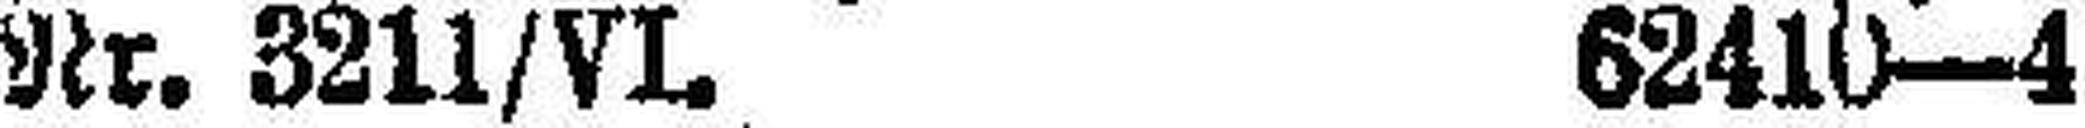
Nr. 3211/VI. 62410—4